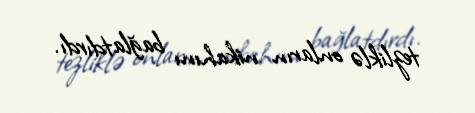
tezliklə onların nikahını bağlatdırdı.